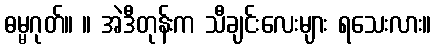
ဓမ္မဂုတ်။ ။ အဲဒီတုန်းက သီချင်းလေးများ ရသေးလား။